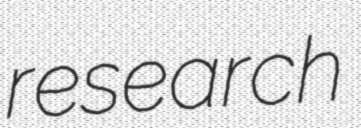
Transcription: research